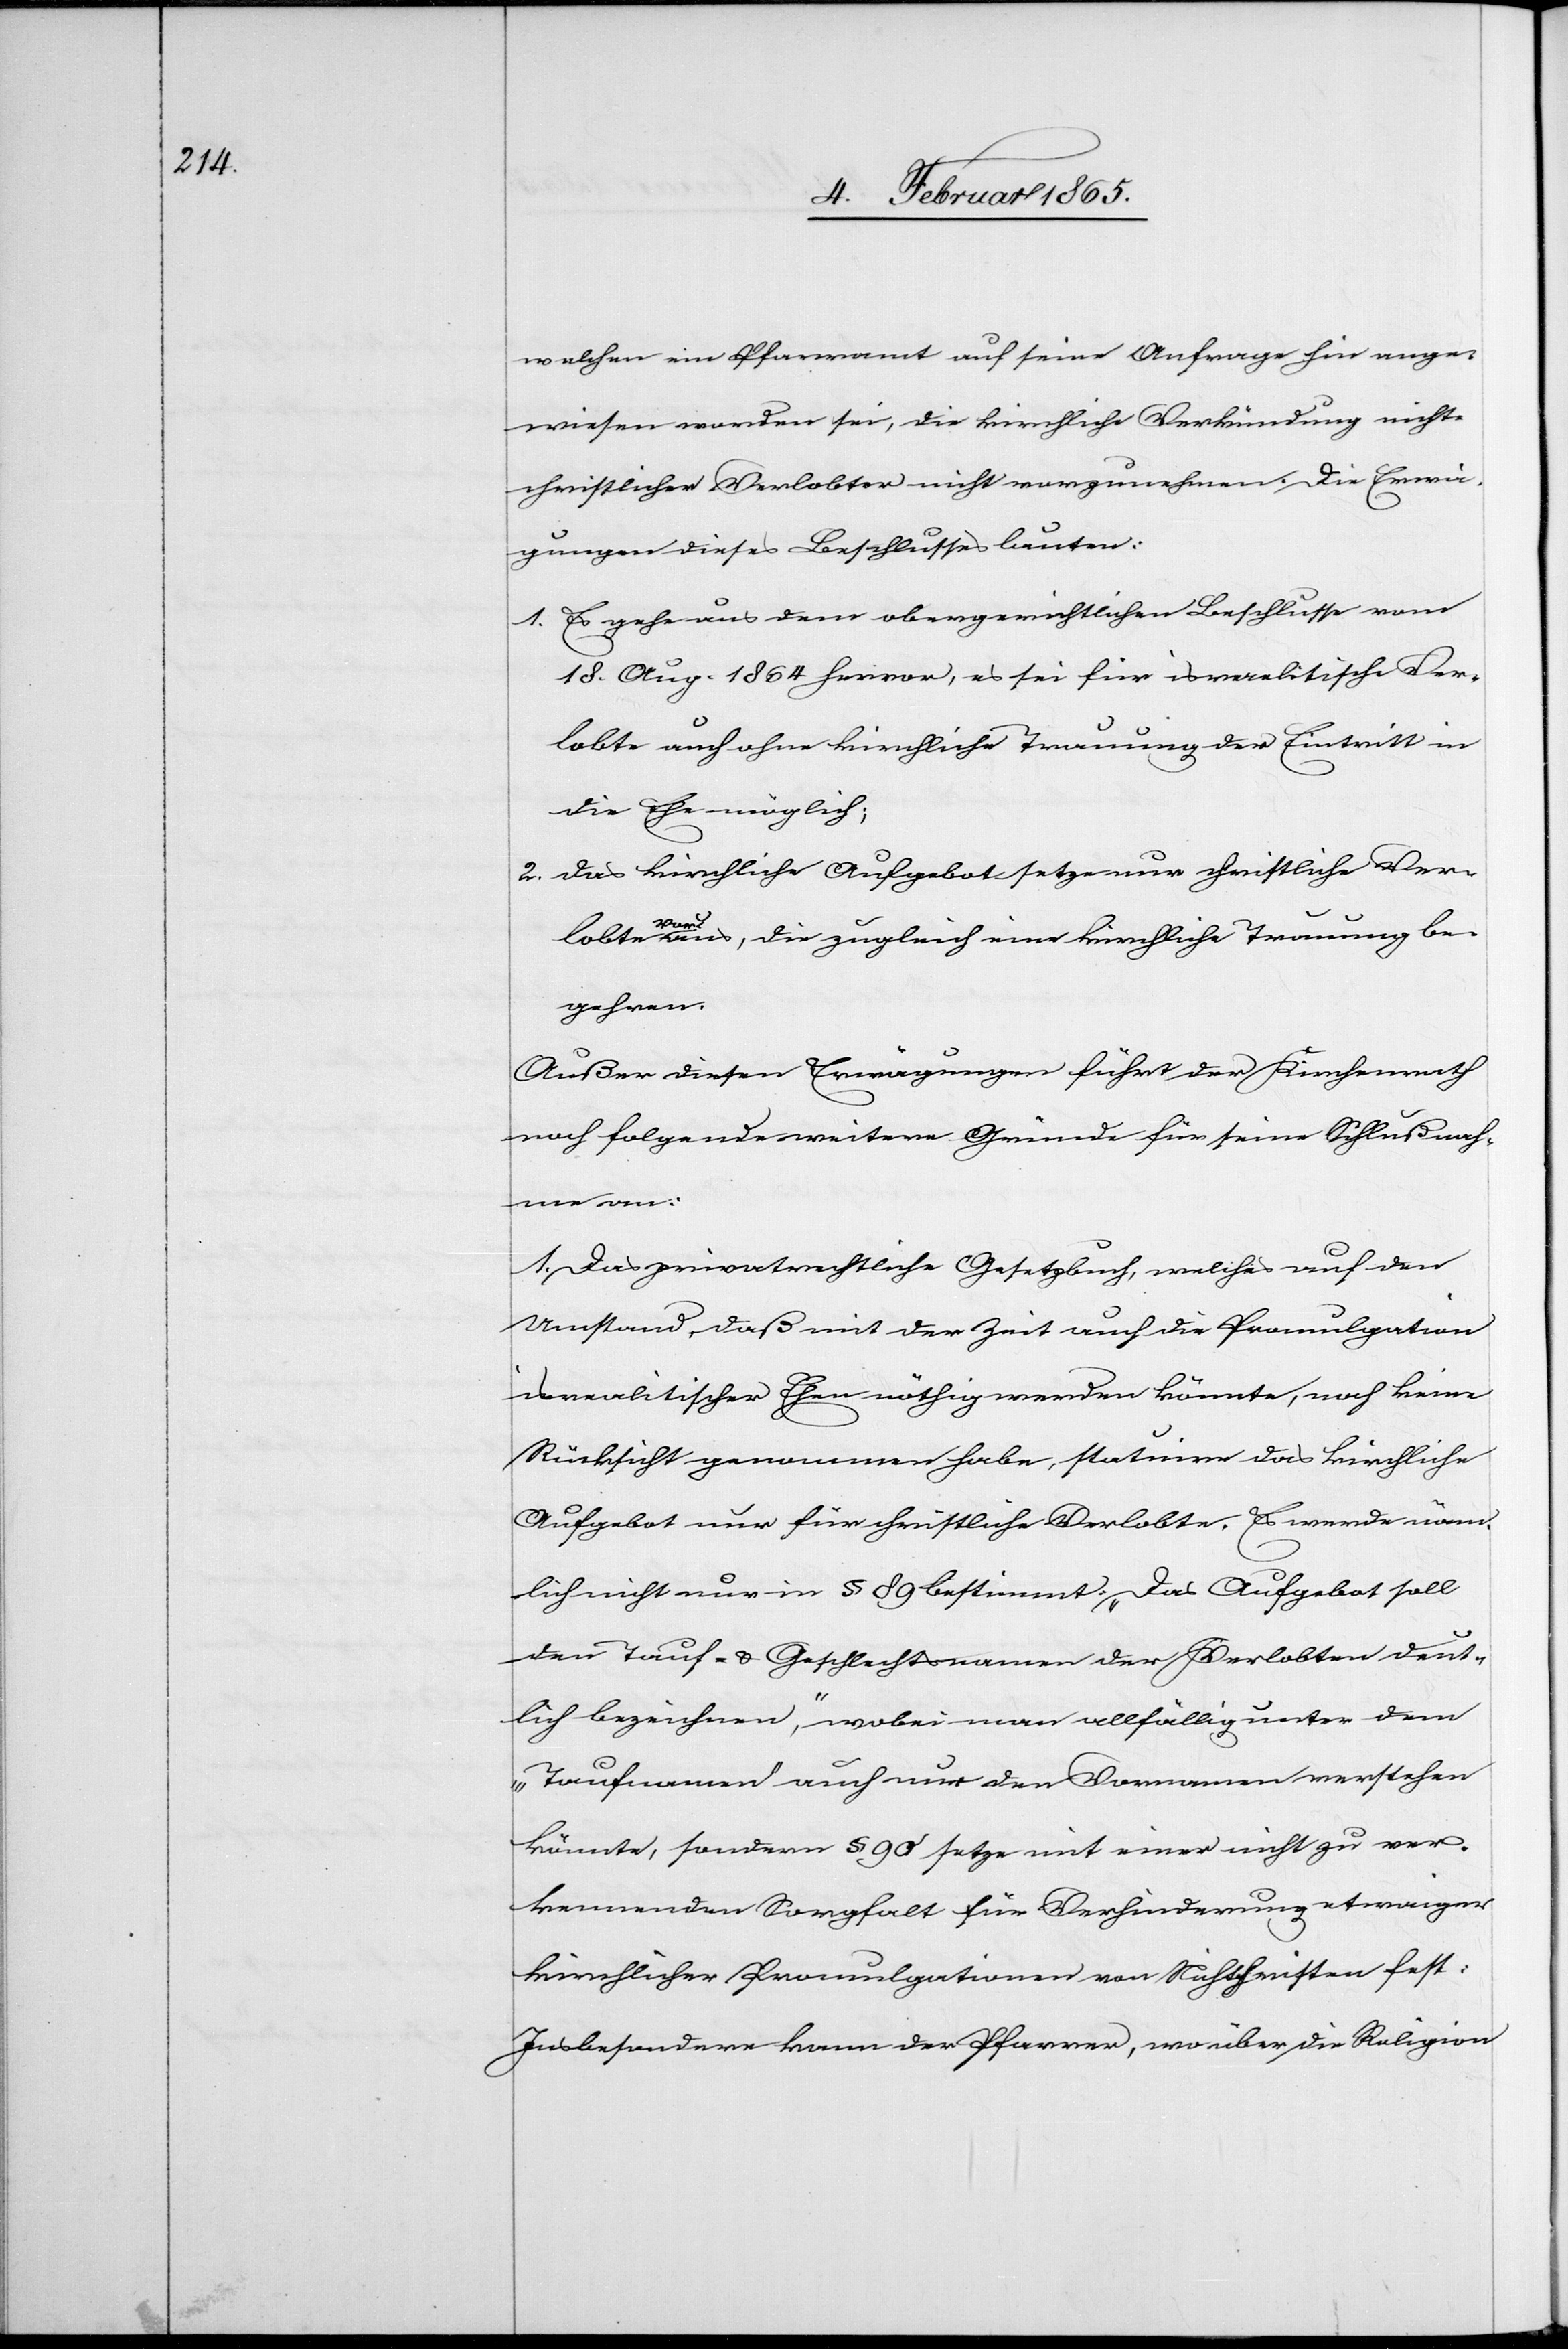
welchen ein Pfarramt auf seine Anfrage hin ange¬
wiesen worden sei, die kirchliche Verkündung nicht¬
schristlicher Verlobter nicht vorzunehmen. Die Erwä¬
gungen dieses Beschlusses lauten:
1. Es gehe aus dem obergerichtlichen Beschlusse vom
18. Aug. 1864 hervor, es sei für israelitische Ver¬
lobte auch ohne kirchliche Trauung der Eintritt in
die Ehe möglich;
2. Das kirchliche Aufgebot setze nur christliche Ver¬
lobte voraus, die zugleich eine kirchliche Trauung be¬
gehren.
Außer diesen Erwägungen führt der Kirchenrath
noch folgende weitere Gründe für seine Schlußnah¬
me an:
1. Das privatrechtliche Gesetzbuch, welches auf den
Umstand, daß mit der Zeit auch die Promulgation
isrealitischer [sic!] Ehen nöthig werden könnte, noch keine
Rücksicht genommen habe, statuire das kirchliche
Aufgebot nur für christliche Verlobte. Es werde näm¬
lich nicht nur in § 89 bestimmt,: „Das Aufgebot soll
den Tauf- u. Geschlechtsnamen der Verlobten deut¬
lich bezeichnen“, wobei man allfällig unter dem
„Taufnamen[“] auch nur den Vornamen verstehen
könnte, sondern § 90 setze mit einer nicht zu ver¬
kennenden Sorgfalt für Verhinderung etwaiger
kirchlicher Promulgationen von Nichtchristen fest:
Insbesondere kann der Pfarrer, wo über die Religion